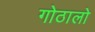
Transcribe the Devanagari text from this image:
गोठालो